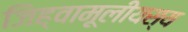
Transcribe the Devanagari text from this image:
जिह्वामूलीयस्य